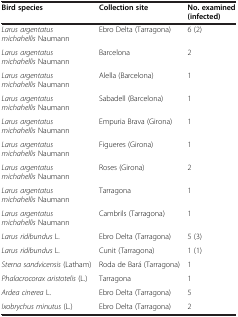
<table><thead><tr><td><b>Bird species</b></td><td><b>Collection site</b></td><td><b>No. examined (infected)</b></td></tr></thead><tbody><tr><td><i>Larus argentatus michahellis</i> Naumann</td><td>Ebro Delta (Tarragona)</td><td>6 (2)</td></tr><tr><td><i>Larus argentatus michahellis</i> Naumann</td><td>Barcelona</td><td>2</td></tr><tr><td><i>Larus argentatus michahellis</i> Naumann</td><td>Alella (Barcelona)</td><td>1</td></tr><tr><td><i>Larus argentatus michahellis</i> Naumann</td><td>Sabadell (Barcelona)</td><td>1</td></tr><tr><td><i>Larus argentatus michahellis</i> Naumann</td><td>Empuria Brava (Girona)</td><td>1</td></tr><tr><td><i>Larus argentatus michahellis</i> Naumann</td><td>Figueres (Girona)</td><td>1</td></tr><tr><td><i>Larus argentatus michahellis</i> Naumann</td><td>Roses (Girona)</td><td>2</td></tr><tr><td><i>Larus argentatus michahellis</i> Naumann</td><td>Tarragona</td><td>1</td></tr><tr><td><i>Larus argentatus michahellis</i> Naumann</td><td>Cambrils (Tarragona)</td><td>1</td></tr><tr><td><i>Larus ridibundus</i> L.</td><td>Ebro Delta (Tarragona)</td><td>5 (3)</td></tr><tr><td><i>Larus ridibundus</i> L.</td><td>Cunit (Tarragona)</td><td>1 (1)</td></tr><tr><td><i>Sterna sandvicensis</i> (Latham)</td><td>Roda de Bará (Tarragona)</td><td>1</td></tr><tr><td><i>Phalacrocorax aristotelis</i> (L.)</td><td>Tarragona</td><td>1</td></tr><tr><td><i>Ardea cinerea</i> L.</td><td>Ebro Delta (Tarragona)</td><td>5</td></tr><tr><td><i>Ixobrychus minutus</i> (L.)</td><td>Ebro Delta (Tarragona)</td><td>2</td></tr></tbody></table>